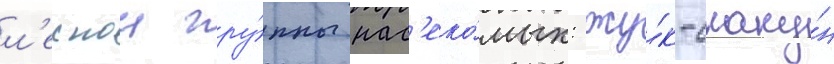
л'еснои гру́ппы нас'еко́мых: жу́к-скаку́н